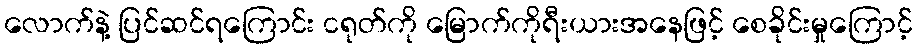
လောက်နဲ့ ပြင်ဆင်ရကြောင်း ငရုတ်ကို မြောက်ကိုရီးယားအနေဖြင့် စေခိုင်းမှုကြောင့်